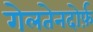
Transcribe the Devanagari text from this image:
गेलतेनदोर्फ़